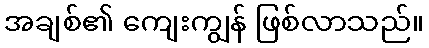
အချစ်၏ ကျေးကျွန် ဖြစ်လာသည်။